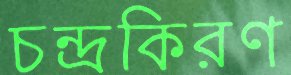
চন্দ্রকিরণ